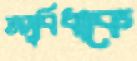
অসুবিধাকে